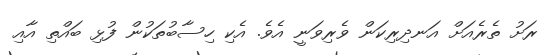
ރަށު ތެރެއަށް އަނދިރިކަން ވެރިވަނީ އެވެ. އެކި ހިސާބުތަކުން ފުޅި ބައްތި އާއި